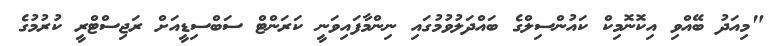
"މިއަދު ބޭއްވި އިކޮނޮމިކް ކައުންސިލްގެ ބައްދަލުވުމުގައި ނިންމާފައިވަނީ ކަރަންޓް ސަބްސިޑީއަށް ރަޖިސްޓްރީ ކުރުމުގެ